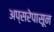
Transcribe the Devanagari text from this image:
अप्सरेपासून